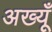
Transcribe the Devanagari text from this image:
अख्यूँ